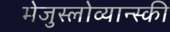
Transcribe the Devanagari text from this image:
मेजुस्लोव्यान्स्की